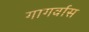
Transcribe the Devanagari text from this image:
गागर्वास